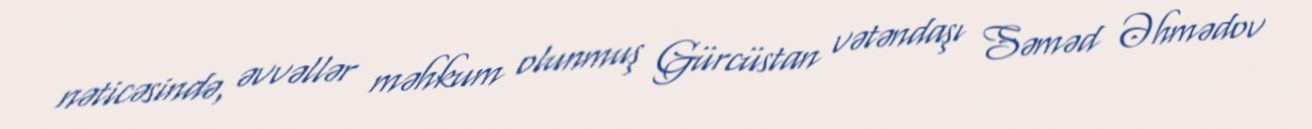
nəticəsində, əvvəllər məhkum olunmuş Gürcüstan vətəndaşı Səməd Əhmədov